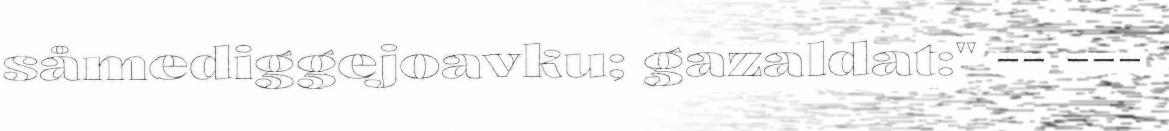
såmediggejoavku; gazaldat:" -- ---